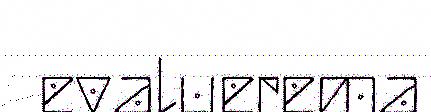
evaluerema